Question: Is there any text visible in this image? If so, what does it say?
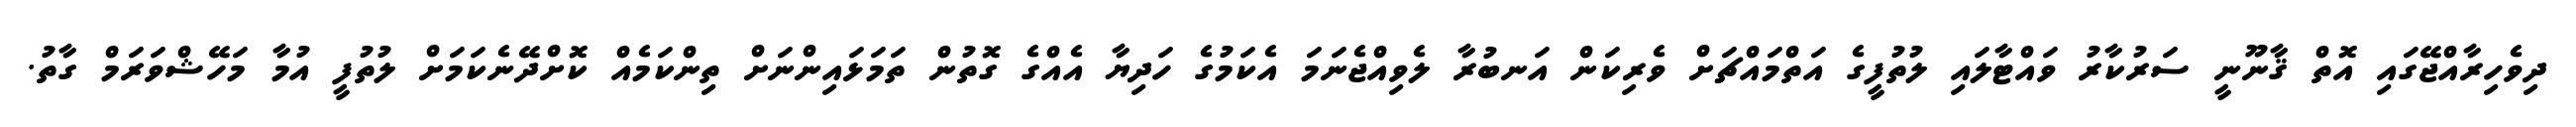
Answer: ދިވެހިރާއްޖޭގައި އޮތް ޤާނޫނީ ސަރުކާރު ވައްޓާލައި ލުތުފީގެ އަތްމައްޗަށް ވެރިކަން އަނބުރާ ލެވިއްޖެނަމަ އެކަމުގެ ހަދިޔާ އެއްގެ ގޮތުން ތަމަޅައިންނަށް ތިންކަމެއް ކޮށްދޭނެކަމަށް ލުތުފީ އުމާ މަހޭޝްވަރަމް ގާތު.